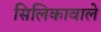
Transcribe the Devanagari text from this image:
सिलिकावाले